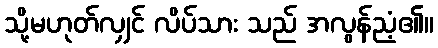
သို့မဟုတ်လျှင် လိပ်သား သည် အလွန်ညံ့၏။